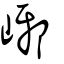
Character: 峫